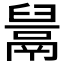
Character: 𱆎